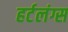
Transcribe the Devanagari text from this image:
हर्टलंग्स